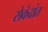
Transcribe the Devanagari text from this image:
सेकंदांत